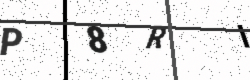
Text: P8RI